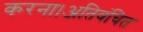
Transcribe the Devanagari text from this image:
करना।अतिवंचित